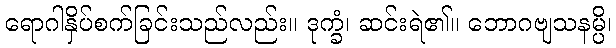
ရောဂါနှိပ်စက်ခြင်းသည်လည်း။ ဒုက္ခံ၊ ဆင်းရဲ၏။ ဘောဂဗျသနမ္ပိ၊